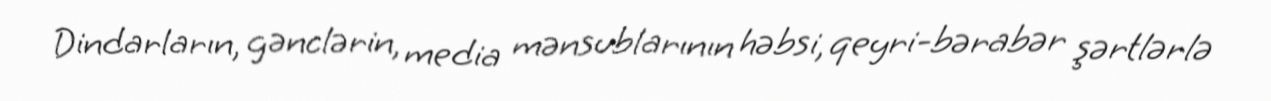
Dindarların, gənclərin, media mənsublarının həbsi, qeyri-bərabər şərtlərlə